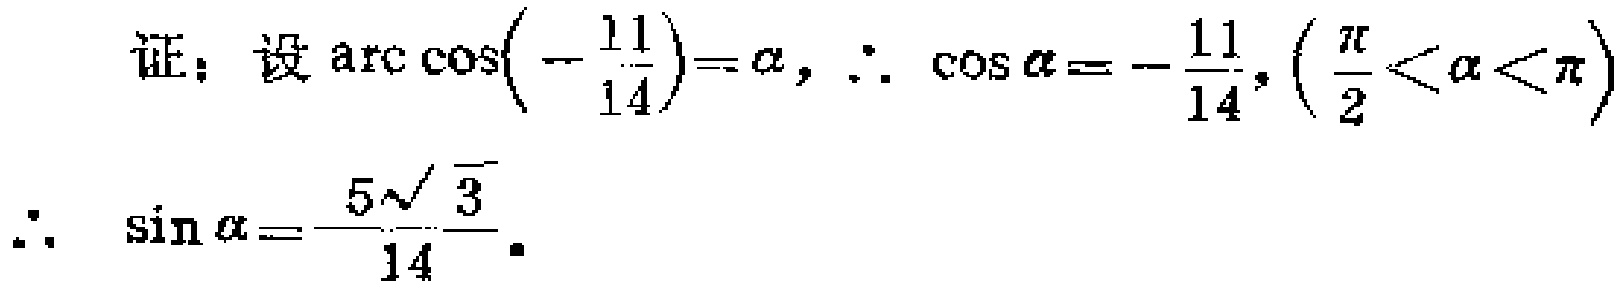
\[
\begin{align*}
&\text{证：设}\arccos\left(-\frac{11}{14}\right)=\alpha,\therefore\cos\alpha = -\frac{11}{14},\left(\frac{\pi}{2}<\alpha<\pi\right)\\
&\therefore\sin\alpha=\frac{5\sqrt{3}}{14}.
\end{align*}
\]